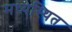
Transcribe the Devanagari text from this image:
मध्यस्थित